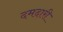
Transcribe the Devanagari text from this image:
दमदारी